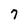
Character: 7